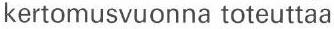
kertomusvuonna toteuttaa